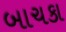
બાચકા